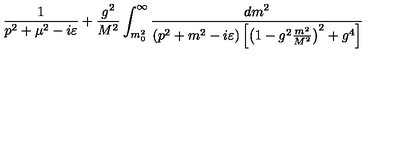
{ \frac { 1 } { p ^ { 2 } + \mu ^ { 2 } - i \varepsilon } } + { \frac { g ^ { 2 } } { M ^ { 2 } } } \int _ { m _ { 0 } ^ { 2 } } ^ { \infty } { \frac { d m ^ { 2 } } { \left( p ^ { 2 } + m ^ { 2 } - i \varepsilon \right) \left[ \left( 1 - g ^ { 2 } { \frac { m ^ { 2 } } { M ^ { 2 } } } \right) ^ { 2 } + g ^ { 4 } \right] } }